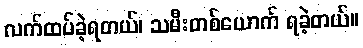
လက်ထပ်ခဲ့ရတယ်၊ သမီးတစ်ယောက် ရခဲ့တယ်။